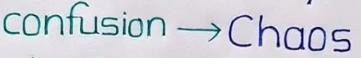
confusion --> Chaos